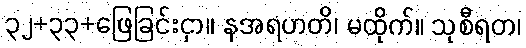
၃၂+၃၃+ဖြေခြင်းငှာ။ နအရဟတိ၊ မထိုက်။ သုစီရတ၊